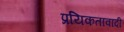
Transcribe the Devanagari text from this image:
प्रयिकतावादी